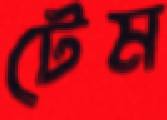
টেম